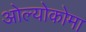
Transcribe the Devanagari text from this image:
ओल्योकोमा